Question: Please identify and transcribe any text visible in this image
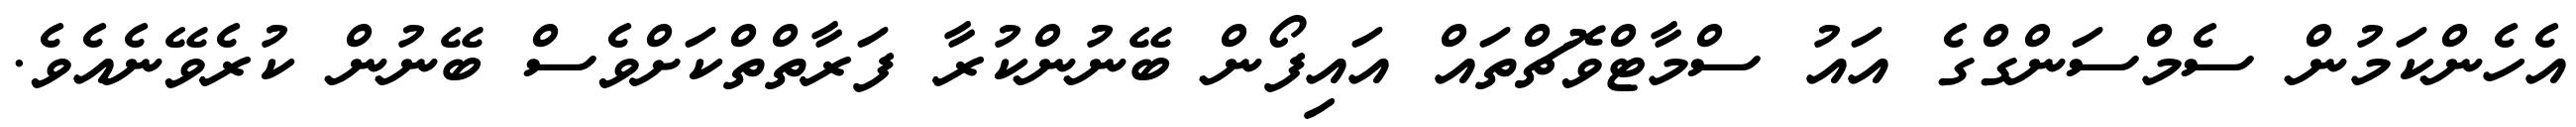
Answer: އެހެންކަމުން ސެމްސަންގްގެ އައު ސްމާޓްވޮޗްތައް އައިފޯން ބޭނުންކުރާ ފަރާތްތްކަށްވެސް ބޭނުން ކުރެވޭނެއެވެ.